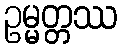
ဥမ္မတ္တဿ